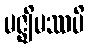
မဇ္ဈိမဿပိ